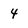
Character: 4